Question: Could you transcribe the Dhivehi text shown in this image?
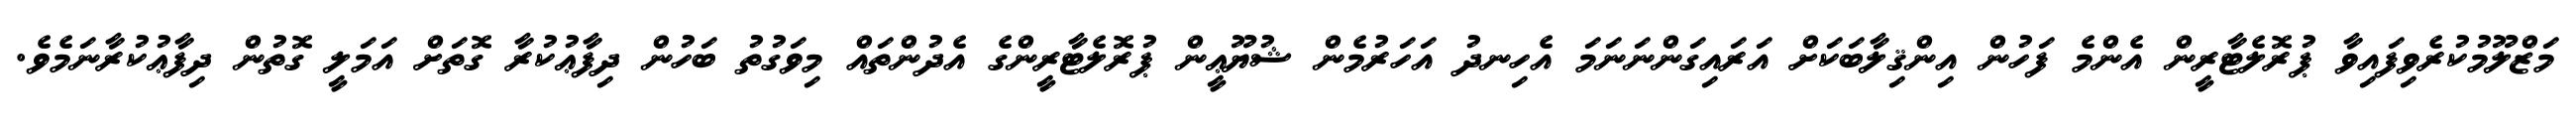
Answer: މަޒްލޫމުކުރެވިފައިވާ ޕުރޮލެޓާރީން އެންމެ ފަހުން އިންޤިލާބަކަށް އަރައިގަންނަނަމަ އެހިނދު އަހަރުމެން ޝުޔޫޢީން ޕުރޮލެޓާރީންގެ އެދުންތައް މިވަގުތު ބަހުން ދިފާޢުކުރާ ގޮތަށް އަމަލީ ގޮތުން ދިފާޢުކުރާނަމެވެ.